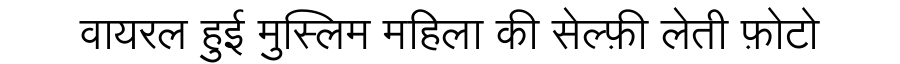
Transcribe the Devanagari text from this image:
वायरल हुई मुस्लिम महिला की सेल्फ़ी लेती फ़ोटो